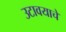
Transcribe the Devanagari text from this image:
उटावयाचे